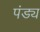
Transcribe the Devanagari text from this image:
पंड्य